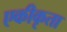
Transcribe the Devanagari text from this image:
एकीकृता